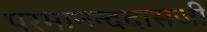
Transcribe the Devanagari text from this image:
परमानन्ददासजी